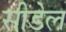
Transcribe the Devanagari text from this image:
सीडेल